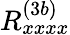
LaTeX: R_{xxxx}^{(3b)}